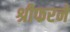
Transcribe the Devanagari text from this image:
श्रीफरने